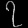
Digit: ၇